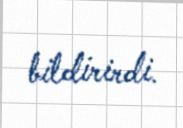
bildirirdi.